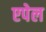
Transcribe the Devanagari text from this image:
एपेल